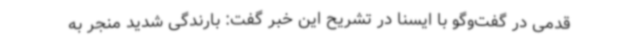
قدمی در گفت‌وگو با ایسنا در تشریح این خبر گفت: بارندگی شدید منجر به